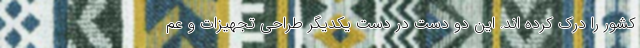
کشور را درک کرده اند. این دو دست در دست یکدیگر طراحی تجهیزات و عم